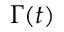
\Gamma ( t )